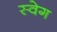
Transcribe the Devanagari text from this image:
स्वेग